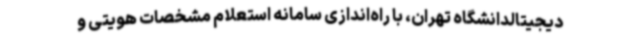
دیجیتالدانشگاه تهران، با راه‌اندازی سامانه استعلام مشخصات هویتی و